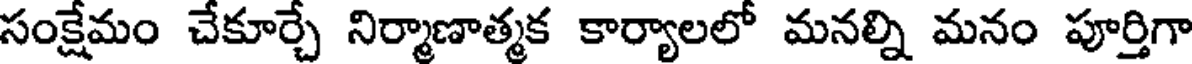
సంక్షేమం చేకూర్చే నిర్మాణాత్మక కార్యాలలో మనల్ని మనం పూర్తిగా